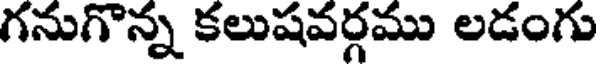
గనుగొన్న కలుషవర్గము లడంగు